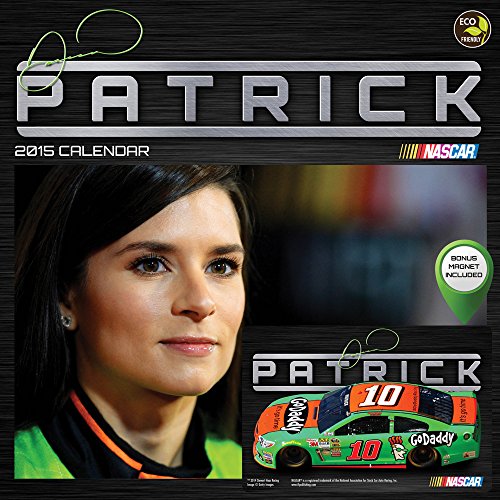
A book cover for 2015 Danica Patrick Wall Calendar; TF PUBLISHING; Calendars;